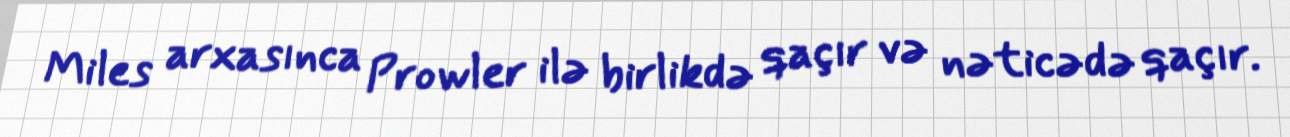
Miles arxasınca Prowler ilə birlikdə qaçır və nəticədə qaçır.